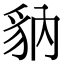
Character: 豽